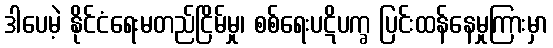
ဒါပေမဲ့ နိုင်ငံရေးမတည်ငြိမ်မှု၊ စစ်ရေးပဋိပက္ခ ပြင်းထန်နေမှုကြားမှာ